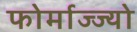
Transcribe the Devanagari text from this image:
फोर्माज्ज्यो